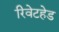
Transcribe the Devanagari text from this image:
रिवेटहेड